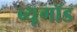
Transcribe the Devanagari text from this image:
ब्यूगॉड